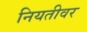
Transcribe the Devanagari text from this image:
नियतीवर